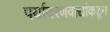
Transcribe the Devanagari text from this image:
पर्यावरणवाद्यांकडून